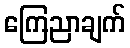
ကြေညာချက်